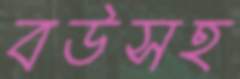
বউসহ